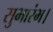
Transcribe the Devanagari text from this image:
सुभारंभ।